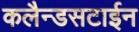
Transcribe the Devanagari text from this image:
कलैन्डसटाईन